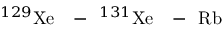
^ { 1 2 9 } \mathrm { X e } \mathrm { ~ \ensuremath ~ { ~ - ~ } ~ } ^ { 1 3 1 } \mathrm { X e } \mathrm { ~ \ensuremath ~ { ~ - ~ } ~ } \mathrm { R b }